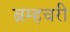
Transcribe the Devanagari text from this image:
ब्रम्हचरी